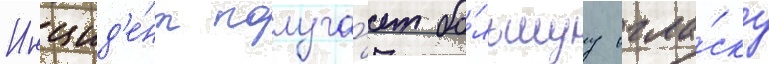
Инцид'е́нт получа́ет бо́льшуу огла́ску